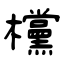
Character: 欓